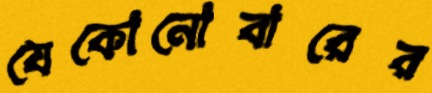
যেকোনোবারের